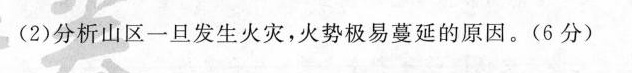
(2)分析山区一旦发生火灾，火势极易蔓延的原因。(6分)